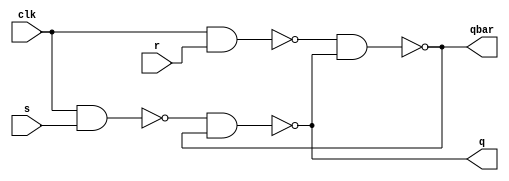
`timescale 1ns / 1ps
//////////////////////////////////////////////////////////////////////////////////
// Company: 
// Engineer: 
// 
// Design Name: 
// Module Name: srff
// Project Name: 
// Target Devices: 
// Tool Versions: 
// Description: 
// 
// Dependencies: 
// 
// Revision:
// Revision 0.01 - File Created
// Additional Comments:
// 
//////////////////////////////////////////////////////////////////////////////////


module srff(
    input s,
    input r,
    input clk,
    output q,
    output qbar
    );
    wire nand1_out; // output of nand1 
    wire nand2_out; // output of nand2 
    
    nand (nand1_out,clk,s); 
    nand (nand2_out,clk,r); 
    nand (q,nand1_out,qbar);
    nand (qbar,nand2_out,q);
endmodule